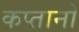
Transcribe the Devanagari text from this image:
कप्तानो